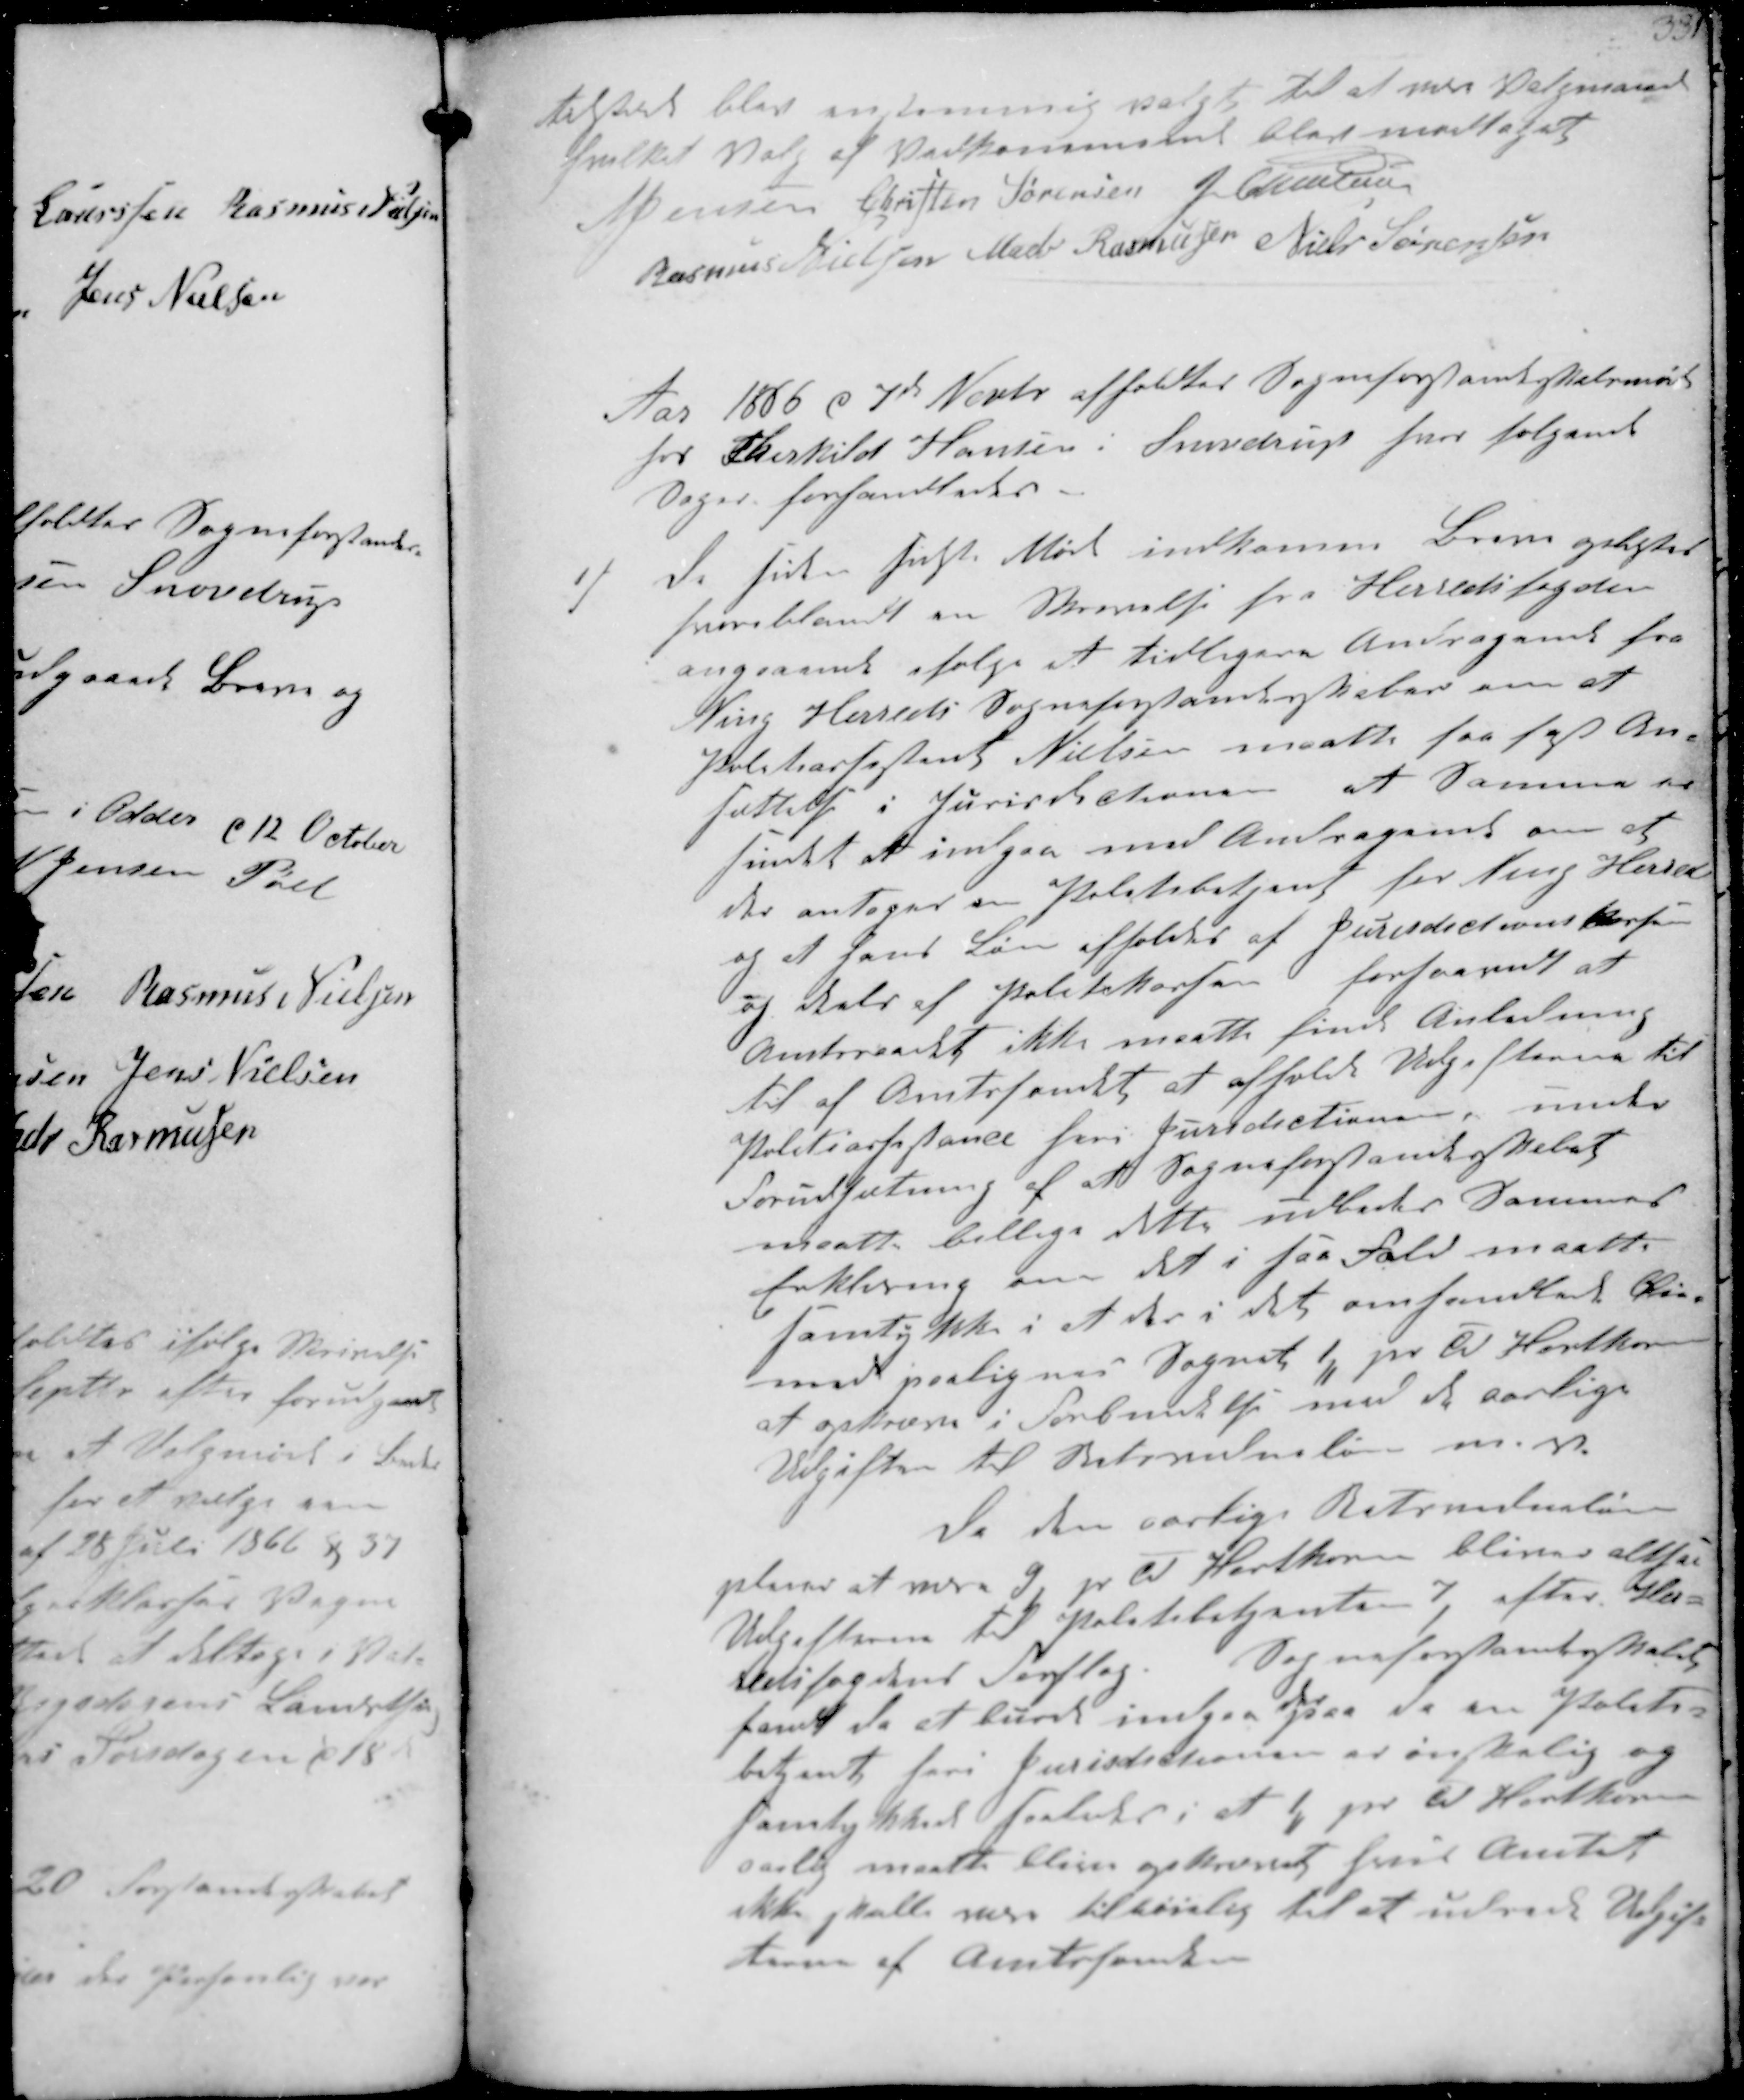
Transskription:
tilstede blev enstemmig valgt til at være Valgmænd
hvilket Valg af Vedkommend blev modtaget
N Jensen Cristen Sørensen J Christensen
Rasmus Nielsen Mads Rasmussen Niels Sørnsen

Aar 1886 d 7d Novbr afholdtes Sogneforstanderskabsmøde
hos Therkild Hansen i Snovdrup hvor følgende
Sager forhandledes
1/
De siden sidste Møde indkomne Breve oplæstes
heriblandt en Skrivelse fra Herredsfogden
angaaende ifølge et tidligere Andragende fra
Ning Herreds Sogneforstanderskaber om at
Politiassistent Nielsen maatte faa fast An-
sættelse i Jurisdictionen at Samme er
fundet at indgaa med Andragene om at
der antages en Politibetjent for Ning Herred
og at hans Løn afholdes af Jurisdictionkasse
og halv af Politikassen forsaavidt at
Amtsraadet ikke maatte finde Anledning
til af Amtsfondett at afholde Udgifterne til
Politiassistance fra Juridictionen, under
Forudsætning af at Sogneforstanderskabet
maatt billige dette udbeder samme
Erklæring om det i saa Fald maatte
samtykke i at der i det omhandled blive
med paaligned Sognet 1,, pr Td Hartkorn
at opkrævn i Forbindelse med d aarlige
Udgiften til Betjentens løn m.m
Da den aarlige  
planes at være 9 pr Td Hartkorn bliver altsaa
Udgifterne til Politibetjenten 7, efter Her-
redsfogedens Forslag. Sogneforstanderskabet
fandt da at burde indgaa paa da en Politi-
betjent heri Jurisdictionen er ønskalig og
Samtykket  i 1 ₻ pr Td Hartkorn
aarlig maatte bliv opkrævet hvis Amtet
ikke skulle være tilbøjelig til at udrive Udgift-
terne af Amtsfonden